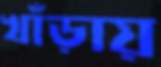
খাঁড়ায়